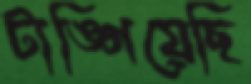
টাঙ্গিয়েছি